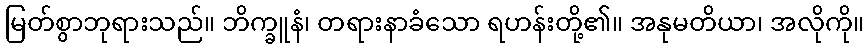
မြတ်စွာဘုရားသည်။ ဘိက္ခူနံ၊ တရားနာခံသော ရဟန်းတို့၏။ အနုမတိယာ၊ အလိုကို။